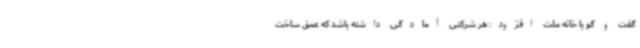
گفت و گو با خانه ملت افزود: هر شرکتی آمادگی داشته باشد که عمق ساخت